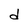
Character: d